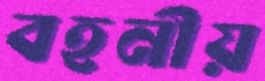
বহনীয়